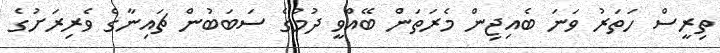
ތިރީސް ހަތަރު ވަނަ ބެއިޖިން މެރަތަން ބޭއްވީ ދުމުގެ ސަބަބުން ޗައިނާގެ ވެރިރަށުގެ